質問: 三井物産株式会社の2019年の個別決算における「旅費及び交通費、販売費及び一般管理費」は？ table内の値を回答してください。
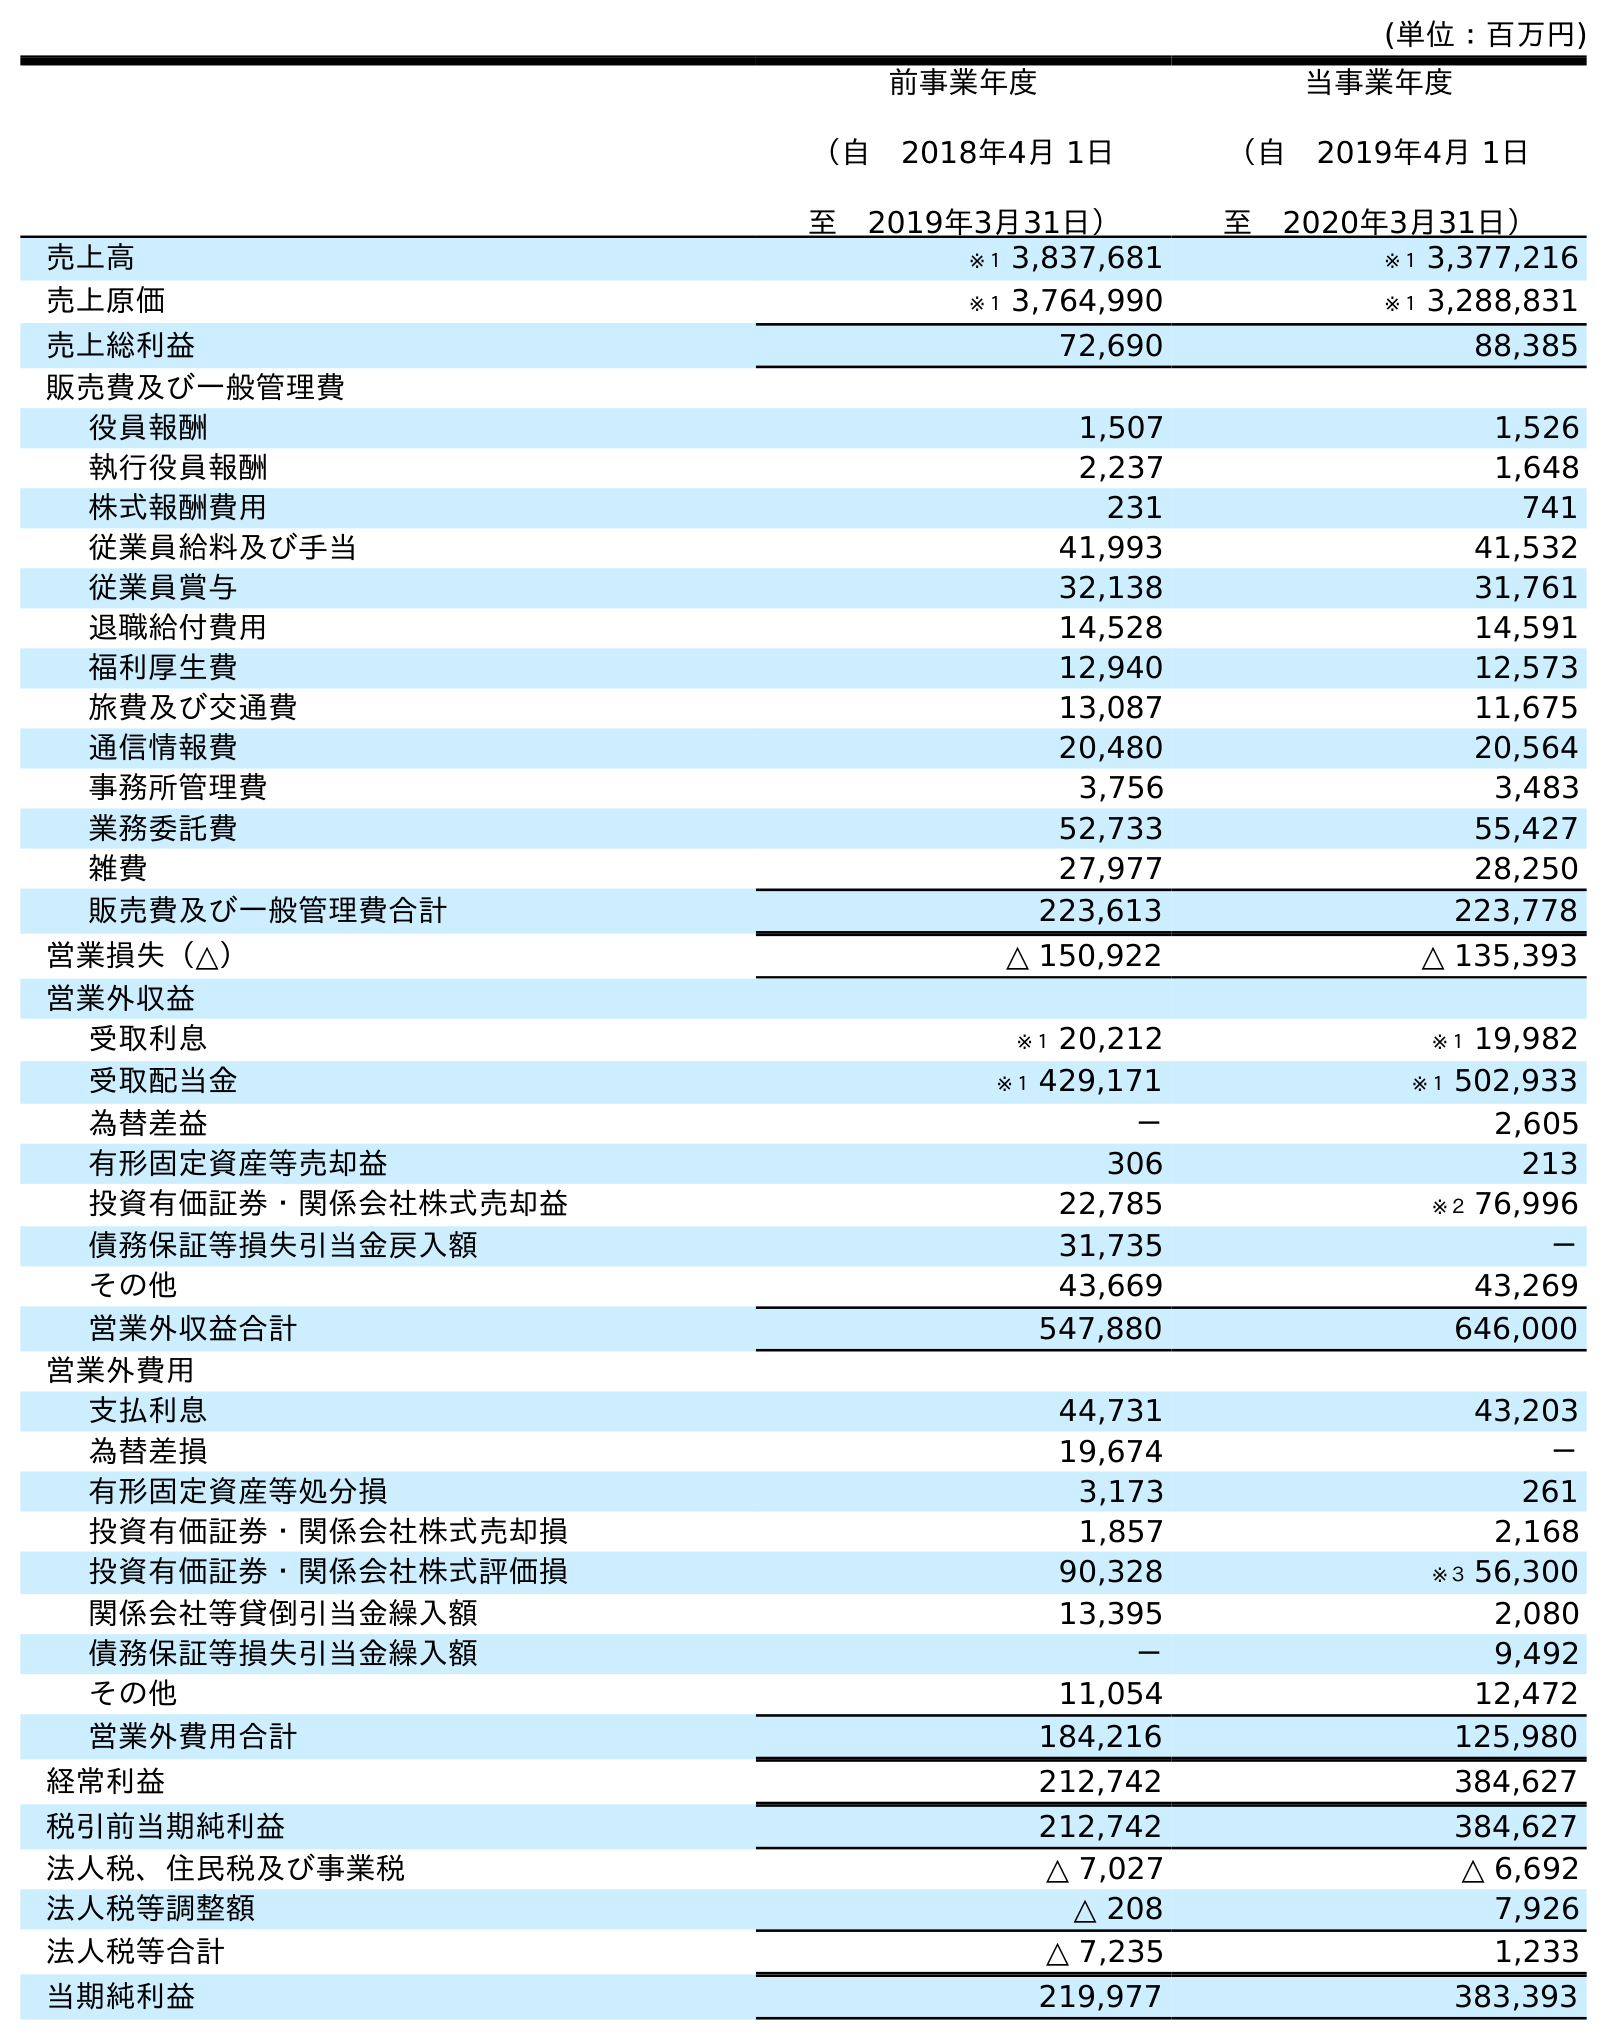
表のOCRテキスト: (単位：百万円) 前事業年度 （自 2018年4月 1日 至 2019年3月31日） 当事業年度 （自 2019年4月 1日 至 2020年3月31日） 売上高 ※１ 3,837,681 ※１ 3,377,216 売上原価 ※１ 3,764,990 ※１ 3,288,831 売上総利益 72,690 88,385 販売費及び一般管理費 役員報酬 1,507 1,526 執行役員報酬 2,237 1,648 株式報酬費用 231 741 従業員給料及び手当 41,993 41,532 従業員賞与 32,138 31,761 退職給付費用 14,528 14,591 福利厚生費 12,940 12,573 旅費及び交通費 13,087 11,675 通信情報費 20,480 20,564 事務所管理費 3,756 3,483 業務委託費 52,733 55,427 雑費 27,977 28,250 販売費及び一般管理費合計 223,613 223,778 営業損失（△） △ 150,922 △ 135,393 営業外収益 受取利息 ※１ 20,212 ※１ 19,982 受取配当金 ※１ 429,171 ※１ 502,933 為替差益 － 2,605 有形固定資産等売却益 306 213 投資有価証券・関係会社株式売却益 22,785 ※２ 76,996 債務保証等損失引当金戻入額 31,735 － その他 43,669 43,269 営業外収益合計 547,880 646,000 営業外費用 支払利息 44,731 43,203 為替差損 19,674 － 有形固定資産等処分損 3,173 261 投資有価証券・関係会社株式売却損 1,857 2,168 投資有価証券・関係会社株式評価損 90,328 ※３ 56,300 関係会社等貸倒引当金繰入額 13,395 2,080 債務保証等損失引当金繰入額 － 9,492 その他 11,054 12,472 営業外費用合計 184,216 125,980 経常利益 212,742 384,627 税引前当期純利益 212,742 384,627 法人税、住民税及び事業税 △ 7,027 △ 6,692 法人税等調整額 △ 208 7,926 法人税等合計 △ 7,235 1,233 当期純利益 219,977 383,393
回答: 13,087